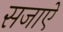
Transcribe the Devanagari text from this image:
सजाएें